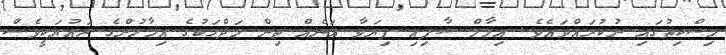
މިސްކިތުގައި ނުކުރައްވައެވެ. އިމާމް ޝާފިޢި ފިޔަވާ އަނެއް ތިން މަޛްހަބުގެ އިމާމުންގެ ރައުޔަކީވެސް